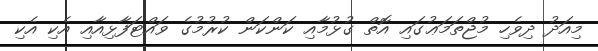
މިއަދު ދިވެހި މުޖްތަމަޢުގައި އޮތް ގުޅުމާއި ކަންކަން ކުރުމުގެ ވައްޓަފާޅިއާއި އެކި އެކި